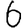
Digit: 6